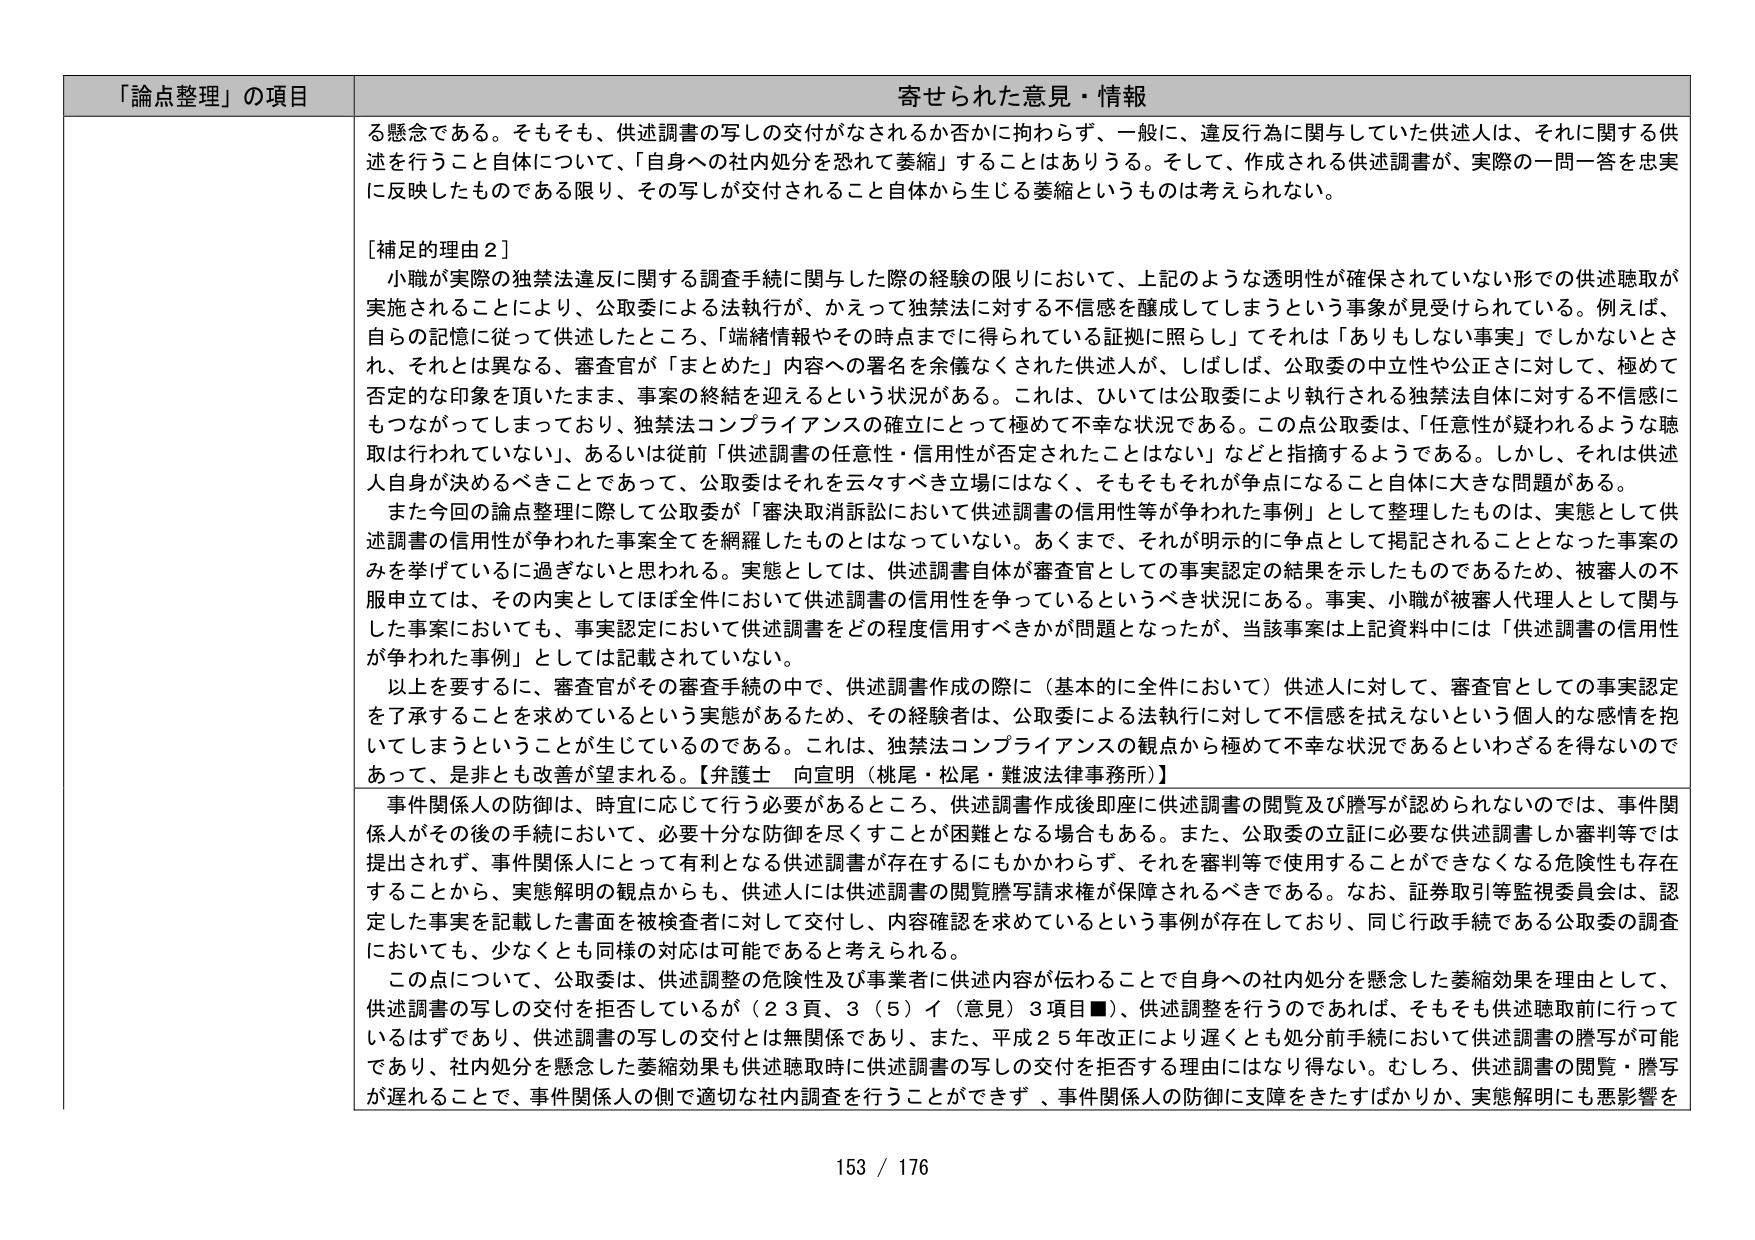
「論点整理」の項目 寄せられた意見・情報
る懸念である。そもそも、供述調書の写しの交付がなされるか否かに拘わらず、一般に、違反行為に関していた供述人は、それに関する供述を行うこと自体について、「自身への社内処分を恐れて萎縮」することはありうる。そして、作成される供述調書が、実際の一問一答を忠実に反映したものである限り、その写しが交付されること自体から生じる萎縮というものは考えられない。
[補足的理由2]
小職が実際の独禁法違反に関する調査手続に関与した際の経験の限りにおいて、上記のような透明性が確保されていない形での供述聴取が実施されることにより、公取委による法執行が、かえって独禁法に対する不信感を醸成してしまうという事象が見受けられている。例えば、自らの記憶に従って供述したところ、「端緒情報やその時点までに得られている証拠に照らし」てそれは「ありもしない事実」でしかないとされ、それとは異なる、審査官が「まとめた」内容への署名を余儀なくされた供述人が、しばしば、公取委の中立性や公正さに対して、極めて否定的な印象を頂いたまま、事案の終結を迎えるという状況がある。これは、ひいては公取委により執行される独禁法自体に対する不信感にもつながってしまっており、独禁法コンプライアンスの確立にとって極めて不幸な状況である。この点公取委は、「任意性が疑われるような聴取は行われていない、あるいは従前「供述調書の任意性・信用性が否定されたことはない」などと指摘するようである。しかし、それは供述人自身が決めるべきことであって、公取委はそれを云々すべき立場にはなく、そもそもそれが争点になること自体に大きな問題がある。
また今回の論点整理に際して公取委が「審決取消訴訟において供述調書の信用性等が争われた事例」として整理したものは、実態として供述調書の信用性が争われた事案全てを網羅したものとはなっていない。あくまで、それが明示的に争点として掲記されることとなった事案のみを挙げているに過ぎないと思われる。実態としては、供述調書自体が審査官としての事実認定の結果を示したものであるため、被害人の不服申立ては、その内実としてほぼ全件において供述調書の信用性を争っているというべき状況にある。事実、小職が被害人代理人として関与した事案においても、事実認定において供述調書をどの程度信用すべきかが問題となったが、当該事案は上記資料中には「供述調書の信用性が争われた事例」としては記載されていない。
以上を要するに、審査官がその審査手続の中で、供述調書作成の際に（基本的に全件において）供述人に対して、審査官としての事実認定を了承することを求めているという実態があるため、その経験者は、公取委による法執行に対して不信感を拭えないという個人的な感情を抱いてしまうということが生じているのである。これは、独禁法コンプライアンスの観点から極めて不幸な状況であるといわざるを得ないのであって、是非とも改善が望まれる。【弁護士 向宣明（桃尾・松尾・難波法律事務所）】
事件関係人の防御は、時宜に応じて行う必要があるところ、供述調書作成後即座に供述調書の閲覧及び謄写が認められないのでは、事件関係人がその後の手続において、必要十分な防御を尽くすことが困難となる場合もある。また、公取委の立証に必要な供述調書しか審判等では提出されず、事件関係人にとって有利となる供述調書が存在するにもかかわらず、それを審判等で使用することができなくなる危険性も存在することから、実態解明の観点からも、供述人には供述調書の閲覧謄写請求権が保障されるべきである。なお、証券取引等監視委員会は、認定した事実を記載した書面を被検査者に対して交付し、内容確認を求めているという事例が存在しており、同じ行政手続である公取委の調査においても、少なくとも同様の対応は可能であると考えられる。
この点について、公取委は、供述調整の危険性及び事業者に供述内容が伝わることで自身への社内処分を懸念した萎縮効果を理由として、供述調書の写しの交付を拒否しているが（23頁、3（5）イ（意見）3項目■）、供述調整を行うのであれば、そもそも供述聴取前に行っているはずであり、供述調書の写しの交付とは無関係であり、また、平成25年改正により遅くとも処分前手続において供述調書の謄写が可能であり、社内処分を懸念した萎縮効果も供述聴取時に供述調書の写しの交付を拒否する理由にはなり得ない。むしろ、供述調書の閲覧・謄写が遅れることで、事件関係人の側で適切な社内調査を行うことができず、事件関係人の防御に支障をきたすばかりか、実態解明にも悪影響を
153 / 176